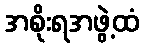
အစိုးရအဖွဲ့ထံ